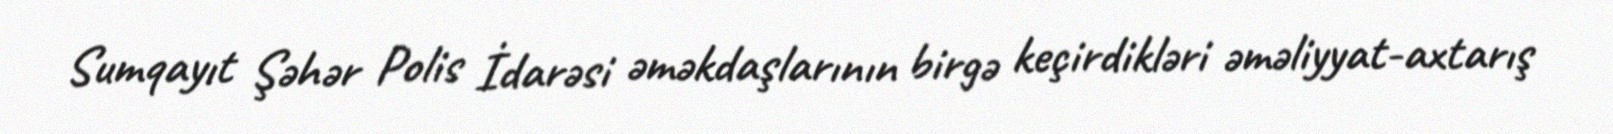
Sumqayıt Şəhər Polis İdarəsi əməkdaşlarının birgə keçirdikləri əməliyyat-axtarış